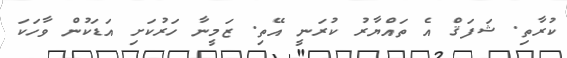
ކުރާތި. ޝަފަޤް އެ ތައްޔާރު ކުރަނީ އޭތި. ޒަމީނާ ހަރުކަށި އަޑަކުން ވާހަކަ